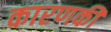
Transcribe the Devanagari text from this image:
कारणकी